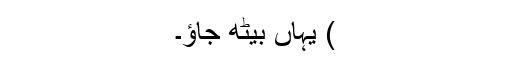
) یہاں بیٹھ جاؤ۔